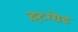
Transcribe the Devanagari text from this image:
इंटरग्रेड